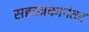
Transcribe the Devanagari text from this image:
सहस्त्रकानंतर